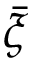
\bar { \xi }